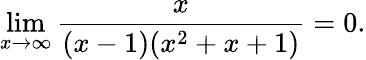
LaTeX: \operatorname*{lim}_{x\to\infty}{\frac{x}{(x-1)(x^{2}+x+1)}}=0.